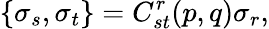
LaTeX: \{ \sigma_{s},\sigma_{t}\} =C_{st}^{r}(p,q)\sigma_{r},